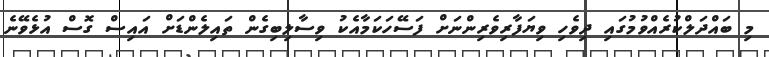
މި ބައްދަލްކުރެއްވުމުގައި ދިވެހި ވިޔަފާރިވެރިންނަށް ފަސޭހަކަމާއެކު ވިސާލިބިގެން ތައިލެންޑަށް އައިސް ގޮސް އުޅެވޭނެ